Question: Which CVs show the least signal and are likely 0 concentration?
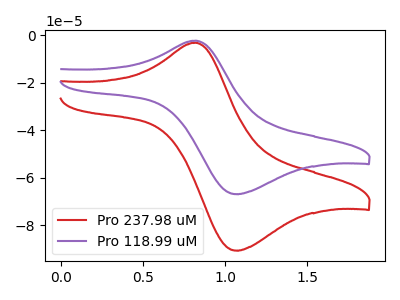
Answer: <think>The red curve "Pro 237.98 uM" has an anodic peak at (0.80V, -3.20uA) and a cathodic peak at (1.05V, -90.70uA). The purple curve "Pro 118.99 uM" has an anodic peak at (0.80V, -2.35uA) and a cathodic peak at (1.05V, -66.95uA).</think>
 <answer>There are not any CV's on this graph that are likely to be blanks.</answer>
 <eval>none</eval>